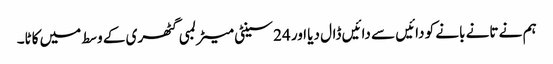
ہم نے تانے بانے کو دائیں سے دائیں ڈال دیا اور 24 سینٹی میٹر لمبی گٹھری کے وسط میں کاٹا۔